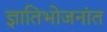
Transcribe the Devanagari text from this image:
ज्ञातिभोजनांत